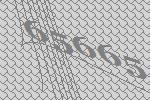
65665